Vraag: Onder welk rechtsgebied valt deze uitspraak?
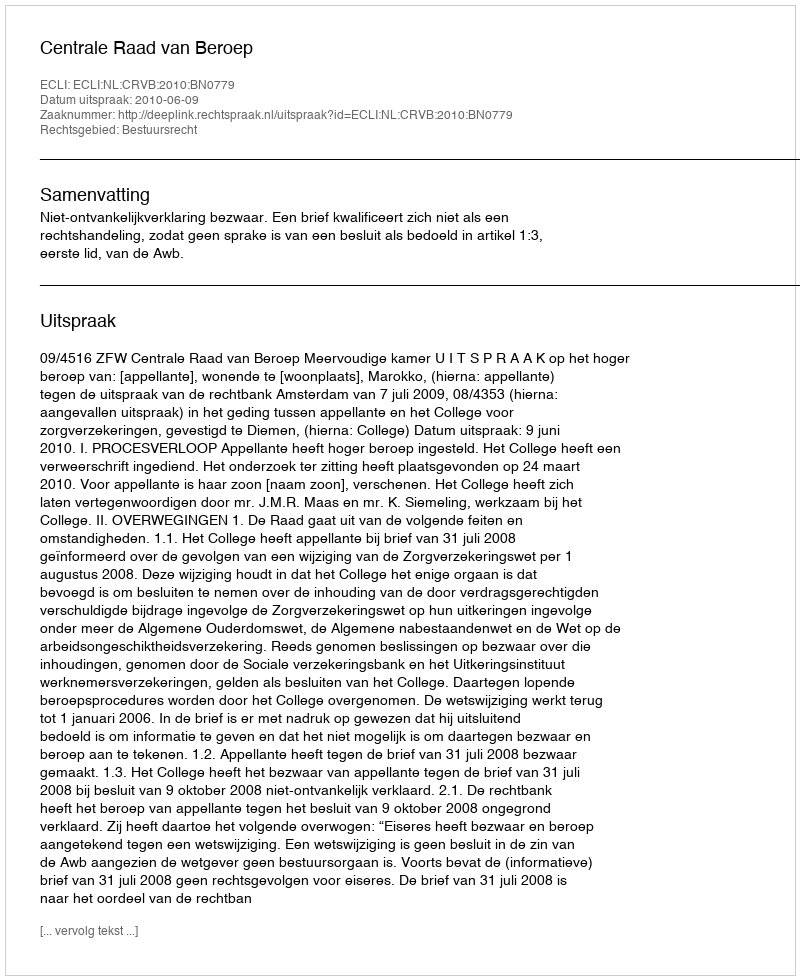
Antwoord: Bestuursrecht